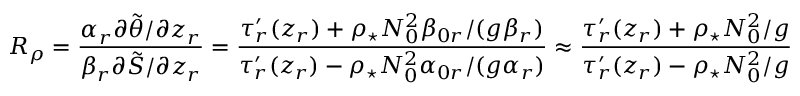
R _ { \rho } = \frac { \alpha _ { r } \partial \tilde { \theta } / \partial z _ { r } } { \beta _ { r } \partial \tilde { S } / \partial z _ { r } } = \frac { \tau _ { r } ^ { \prime } ( z _ { r } ) + \rho _ { \star } N _ { 0 } ^ { 2 } \beta _ { 0 r } / ( g \beta _ { r } ) } { \tau _ { r } ^ { \prime } ( z _ { r } ) - \rho _ { \star } N _ { 0 } ^ { 2 } \alpha _ { 0 r } / ( g \alpha _ { r } ) } \approx \frac { \tau _ { r } ^ { \prime } ( z _ { r } ) + \rho _ { \star } N _ { 0 } ^ { 2 } / g } { \tau _ { r } ^ { \prime } ( z _ { r } ) - \rho _ { \star } N _ { 0 } ^ { 2 } / g }